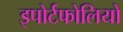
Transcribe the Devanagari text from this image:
इपोर्टफोलियो